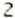
2